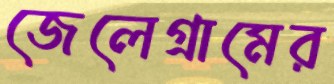
জেলেগ্রামের